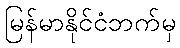
မြန်မာနိုင်ငံဘက်မှ